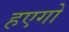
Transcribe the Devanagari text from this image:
हएगो